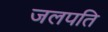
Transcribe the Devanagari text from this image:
जलपति